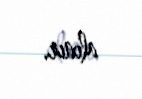
alınır.